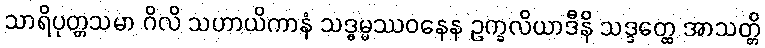
သာရိပုတ္တသမာ ဂိလိ သဟာယိကာနံ သဒ္ဓမ္မဿဝနေန ဥက္ခလိယာဒီနိ သဒ္ဒတ္ထေ အာသတ္တိ